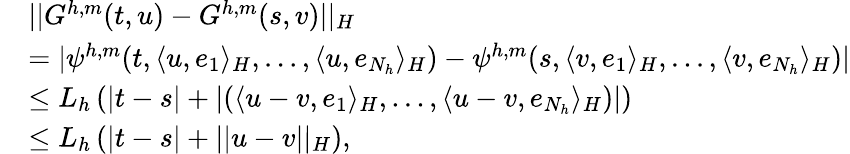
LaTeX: \begin{array}{rl}&{||G^{h,m}(t,u)-G^{h,m}(s,v)||_{H}}\\ &{=|\psi^{h,m}(t,\langle u,e_{1}\rangle_{H},...,\langle u,e_{N_{h}}\rangle_{H})-\psi^{h,m}(s,\langle v,e_{1}\rangle_{H},...,\langle v,e_{N_{h}}\rangle_{H})|}\\ &{\leq L_{h}\left(|t-s|+|(\langle u-v,e_{1}\rangle_{H},...,\langle u-v,e_{N_{h}}\rangle_{H})|\right)}\\ &{\leq L_{h}\left(|t-s|+||u-v||_{H}\right),}\end{array}